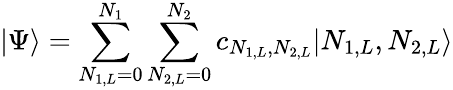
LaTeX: |\Psi\rangle=\sum_{N_{1,L}=0}^{N_{1}}\sum_{N_{2,L}=0}^{N_{2}}c_{N_{1,L},N_{2,L}}|N_{1,L},N_{2,L}\rangle